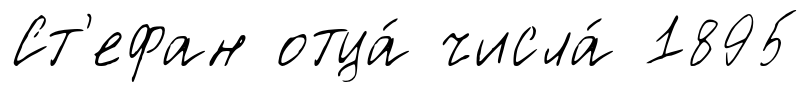
Ст'ефан отца́ числа́ 1895